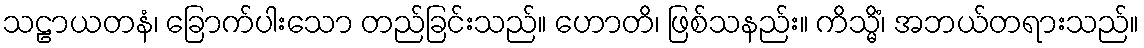
သဠာယတနံ၊ ခြောက်ပါးသော တည်ခြင်းသည်။ ဟောတိ၊ ဖြစ်သနည်း။ ကိသ္မိံ၊ အဘယ်တရားသည်။